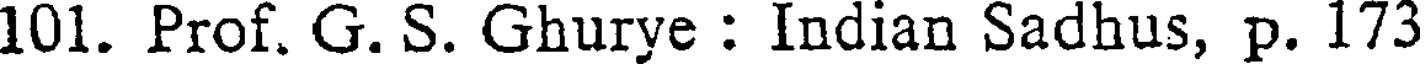
101. Prof. G. S. Ghurye : Indian Sadhus, p. 173